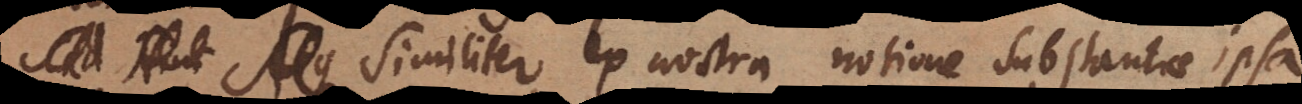
Similiter ex nostra notione substantiae ipsa